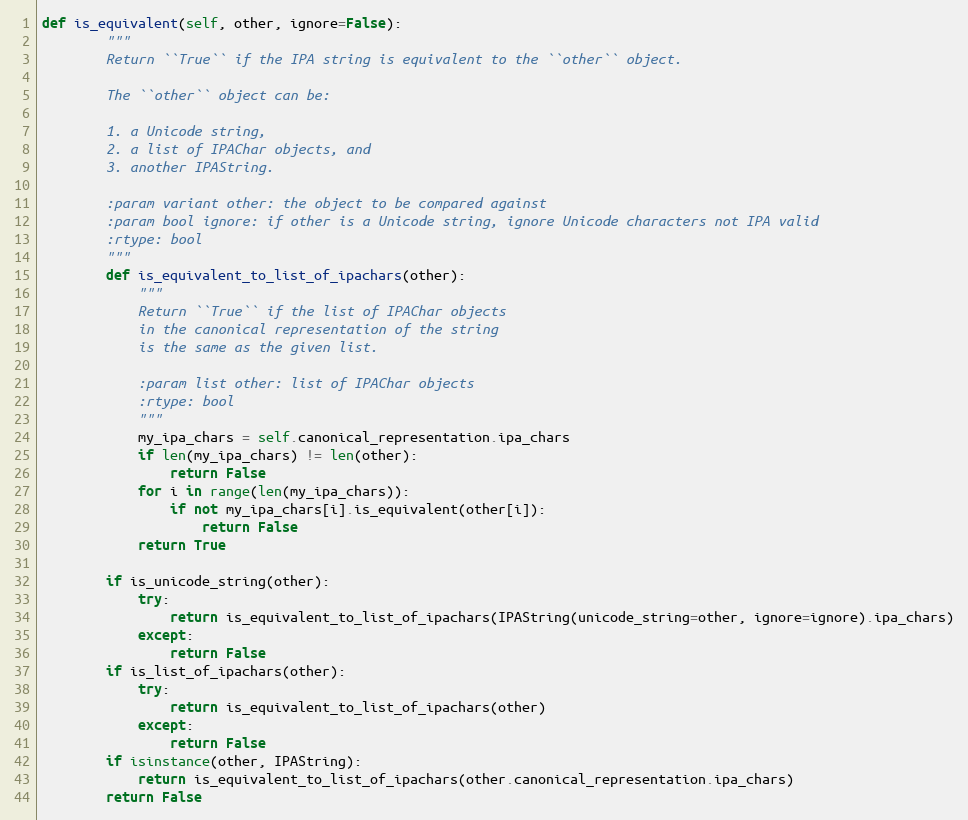
Language: Python
def is_equivalent(self, other, ignore=False):
        """
        Return ``True`` if the IPA string is equivalent to the ``other`` object.

        The ``other`` object can be:

        1. a Unicode string,
        2. a list of IPAChar objects, and
        3. another IPAString.

        :param variant other: the object to be compared against
        :param bool ignore: if other is a Unicode string, ignore Unicode characters not IPA valid
        :rtype: bool
        """
        def is_equivalent_to_list_of_ipachars(other):
            """
            Return ``True`` if the list of IPAChar objects
            in the canonical representation of the string
            is the same as the given list.

            :param list other: list of IPAChar objects
            :rtype: bool
            """
            my_ipa_chars = self.canonical_representation.ipa_chars
            if len(my_ipa_chars) != len(other):
                return False
            for i in range(len(my_ipa_chars)):
                if not my_ipa_chars[i].is_equivalent(other[i]):
                    return False
            return True

        if is_unicode_string(other):
            try:
                return is_equivalent_to_list_of_ipachars(IPAString(unicode_string=other, ignore=ignore).ipa_chars)
            except:
                return False
        if is_list_of_ipachars(other):
            try:
                return is_equivalent_to_list_of_ipachars(other)
            except:
                return False
        if isinstance(other, IPAString):
            return is_equivalent_to_list_of_ipachars(other.canonical_representation.ipa_chars)
        return False